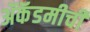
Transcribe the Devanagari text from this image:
ॲकॅडमीची